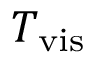
T _ { \mathrm { v i s } }